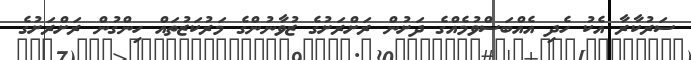
ސަރުކާރާ އެކު ހެދި އެއްބަސްވުމެއްގެ ދަށުން ރަށްރަށުގެ ޒުވާނުންގެ މަރުކަޒުތައް ހިންގުން ރަށްރަށުގެ